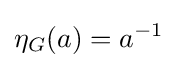
\eta _{G}(a)=a^{-1}